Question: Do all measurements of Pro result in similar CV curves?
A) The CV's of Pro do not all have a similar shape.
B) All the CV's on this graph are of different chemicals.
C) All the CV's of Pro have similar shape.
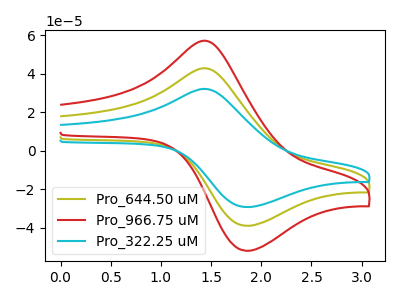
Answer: <think>The olive curve "Pro_644.50 uM" has an anodic peak at (1.45V, 42.65uA) and a cathodic peak at (1.85V, -38.90uA). The red curve "Pro_966.75 uM" has an anodic peak at (1.45V, 85.25uA) and a cathodic peak at (1.85V, -77.75uA). The cyan curve "Pro_322.25 uM" has an anodic peak at (1.45V, 31.95uA) and a cathodic peak at (1.85V, -29.15uA).
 All the peaks in "Pro_644.50 uM" have a peak in "Pro_966.75 uM" at the same potential. Every peak in "Pro_644.50 uM" is lower than every peak in "Pro_966.75 uM". All the peaks in "Pro_644.50 uM" have a peak in "Pro_322.25 uM" at the same potential. Every peak in "Pro_644.50 uM" is higher than every peak in "Pro_322.25 uM". All the peaks in "Pro_966.75 uM" have a peak in "Pro_322.25 uM" at the same potential. Every peak in "Pro_966.75 uM" is higher than every peak in "Pro_322.25 uM".</think>
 <answer>C) All the CV's of "Pro" have similar shape.</answer>
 <eval>C</eval>